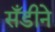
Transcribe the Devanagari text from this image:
सँडीने